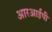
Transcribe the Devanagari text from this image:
आरआईपी